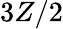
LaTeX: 3Z/2